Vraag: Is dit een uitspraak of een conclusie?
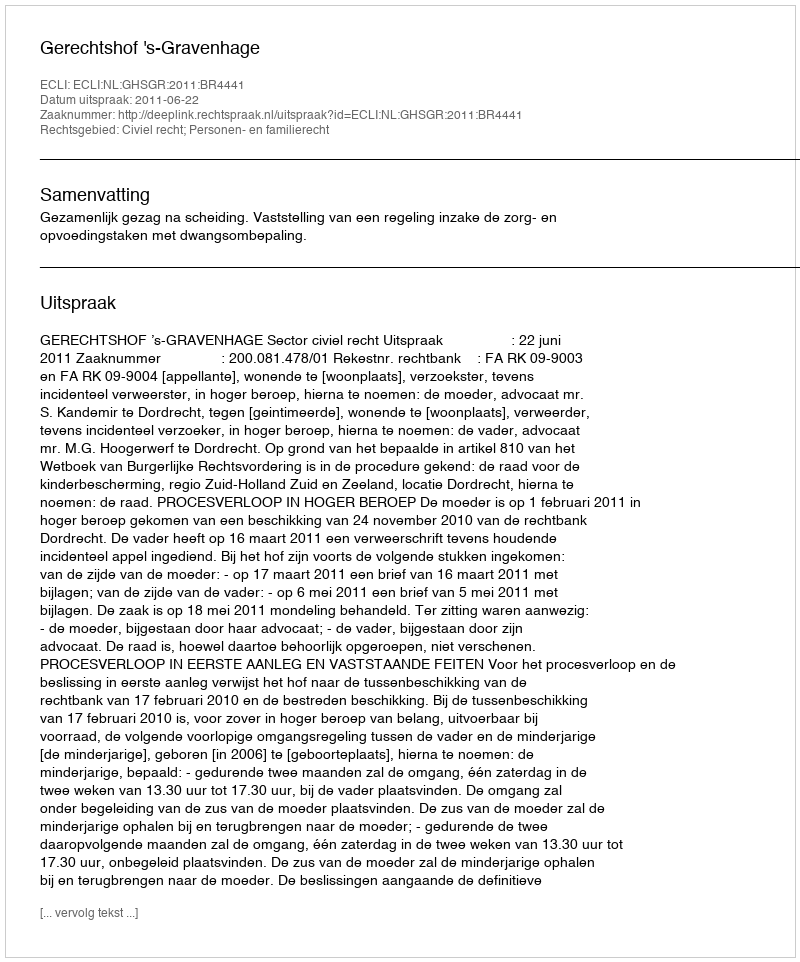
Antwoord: Uitspraak